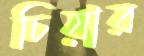
চিয়ার